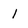
Character: l